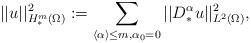
LaTeX: \begin{align*}||u||^2_{H^m_{\ast}(\Omega)}:=\sum_{\langle\alpha\rangle\leq m,\alpha_0=0}||D^{\alpha}_{\ast}u||^2_{L^2(\Omega)},\end{align*}